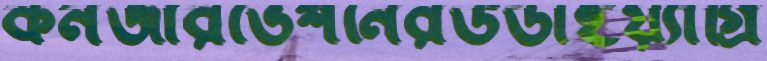
কনজারভেশনেরউডাইয়্যাগ্রি